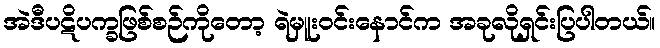
အဲဒီပဋိပက္ခဖြစ်စဉ်ကိုတော့ ရဲမှူးဝင်းနောင်က အခုလိုရှင်းပြပါတယ်။